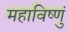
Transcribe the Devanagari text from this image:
महाविष्णुं